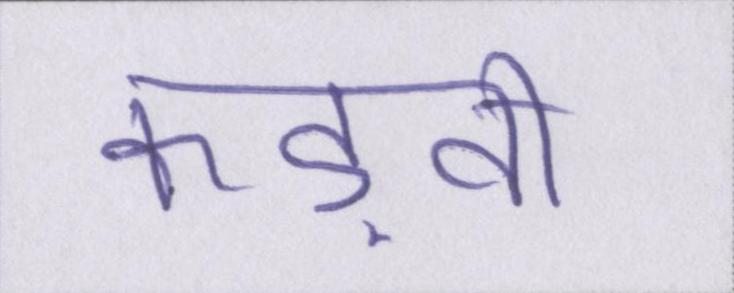
कड़वी